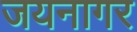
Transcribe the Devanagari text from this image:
जयनागर